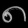
Digit: ၈